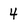
Character: 4